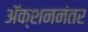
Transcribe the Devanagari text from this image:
अॅक्शननंतर